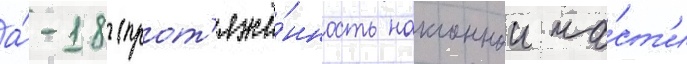
а́-18 (прот'яжё́нность наклоннои ча́ст'и